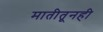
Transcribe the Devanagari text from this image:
मातीतूनही